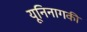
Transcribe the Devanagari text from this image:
यूनिनागकी